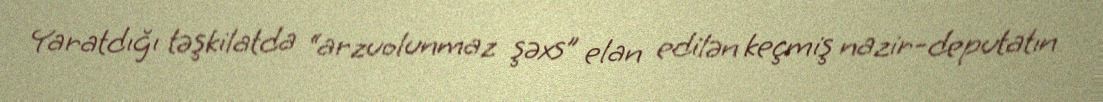
Yaratdığı təşkilatda “arzuolunmaz şəxs” elan edilən keçmiş nazir-deputatın